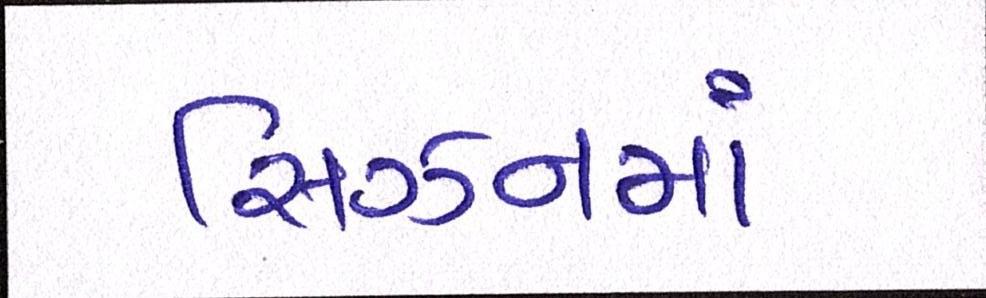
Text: સિઝનમાં